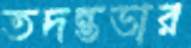
তদন্তভার